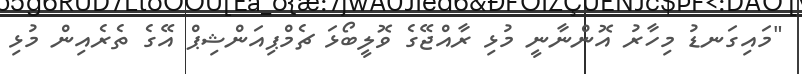
"މައިގަނޑު މިހާރު އޮންނާނީ މުޅި ރާއްޖޭގެ ވޮލީބޯޅަ ޗެމްޕިއަންޝިޕް އޭގެ ތެރެއިން މުޅި